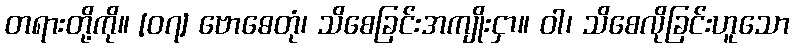
တရားတို့ကို။ [၀၇] ဗောဓေတုံ၊ သိစေခြင်းအကျိုးငှာ။ ဝါ၊ သိစေလိုခြင်းဟူသော